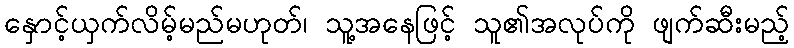
နှောင့်ယှက်လိမ့်မည်မဟုတ်၊ သူ့အနေဖြင့် သူ၏အလုပ်ကို ဖျက်ဆီးမည့်